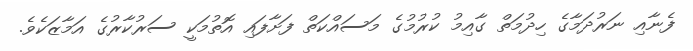
ފެނާއި ނަރުދަމާގެ ހިދުމަތް ގާއިމު ކުރުމުގެ މަސައްކަތް ފަށާފައި އޮތުމަކީ ސަރުކާރުގެ އަމާޒަކެވެ.